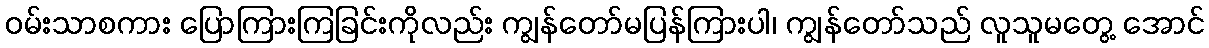
ဝမ်းသာစကား ပြောကြားကြခြင်းကိုလည်း ကျွန်တော်မပြန်ကြားပါ၊ ကျွန်တော်သည် လူသူမတွေ့ အောင်